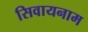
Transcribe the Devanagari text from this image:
सिवायनाम